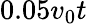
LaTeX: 0.05v_{0}t